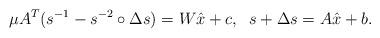
LaTeX: \begin{align*}\mu A^T ( s^{-1} - s^{-2} \circ \Delta s)= W\hat x + c, \;\; s + \Delta s =A\hat x + b.\end{align*}